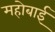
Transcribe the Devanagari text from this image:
महोबाई